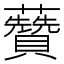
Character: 𧄽